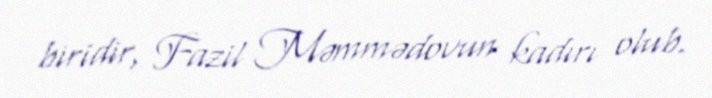
biridir, Fazil Məmmədovun kadırı olub.